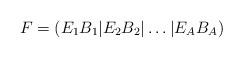
LaTeX: \begin{align*}F=(E_1B_1|E_2B_2|\dots|E_AB_A)\end{align*}